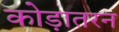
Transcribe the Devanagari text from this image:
कोड़ातरन